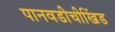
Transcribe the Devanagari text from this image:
पानवडीचीखिंड